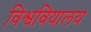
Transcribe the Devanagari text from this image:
विश्ववियालय